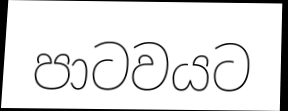
පාටවයට